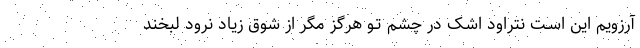
آرزویم این اسـت نتراود اشک در چشم تـو هرگز مگر از شوق زیاد نرود لبخند